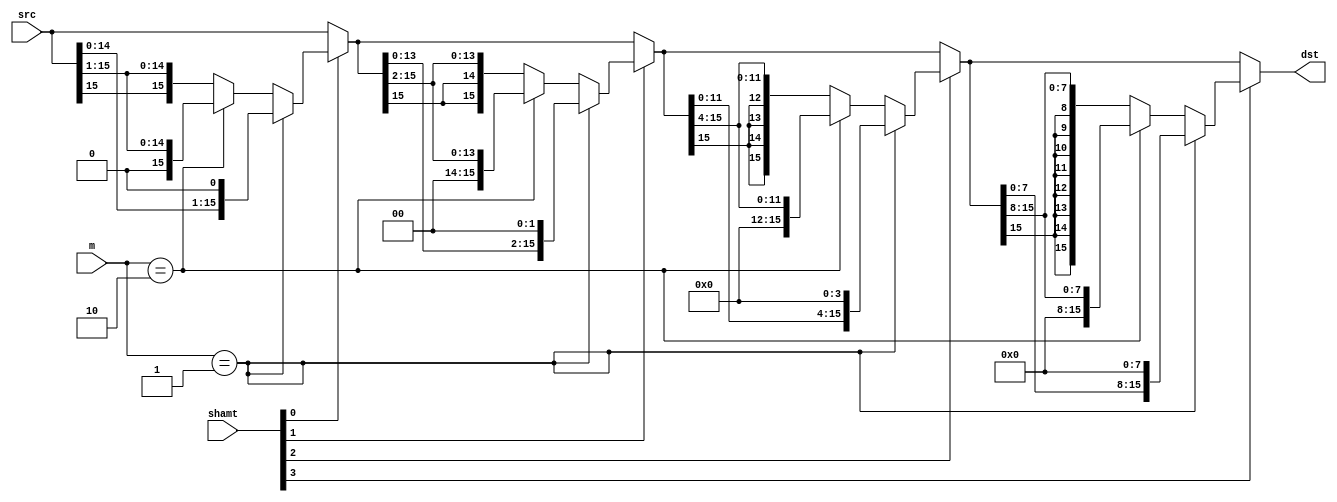
module shifter(dst, src, m, shamt);

  localparam SLL = 2'b01;
  localparam SRL = 2'b10;
  localparam SRA = 2'b11;

  output [15:0] dst;
  input  [15:0] src;
  input  [1:0]  m;
  input  [3:0]  shamt;
  //always@(dst) $display("dst in shifter = %b", dst);

  wire   [15:0] shift0, shift1, shift2, shift3;
  wire   [15:0] sel0, sel1, sel2;

  assign sel0 = (shamt[0]) ? shift0 : src;
  assign sel1 = (shamt[1]) ? shift1 : sel0;
  assign sel2 = (shamt[2]) ? shift2 : sel1;
  assign dst  = (shamt[3]) ? shift3 : sel2;

  assign shift0 = (m==SLL) ? {src[14:0],1'b0}   :
	          (m==SRL) ? {1'b0,src[15:1]}   :
		             {src[15],src[15:1]};

  assign shift1 = (m==SLL) ? {sel0[13:0],2'b00}        :
	          (m==SRL) ? {2'b00,sel0[15:2]}        :
                             {sel0[15],sel0[15],sel0[15:2]};
  
  assign shift2 = (m==SLL) ? {sel1[11:0],4'h0}         :
	          (m==SRL) ? {4'h0,sel1[15:4]}         :
		             {sel1[15],sel1[15],sel1[15],sel1[15],sel1[15:4]};

  assign shift3 = (m==SLL) ? {sel2[7:0],8'h00} :
	          (m==SRL) ? {8'h00,sel2[15:8]} :
		             {sel2[15],sel2[15],sel2[15],sel2[15],sel2[15],sel2[15],sel2[15],sel2[15],sel2[15:8]};

endmodule